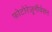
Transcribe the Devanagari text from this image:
फोटोरेज़ूनीवेसन